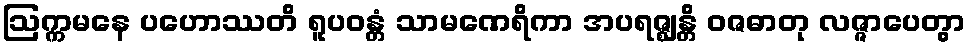
ဩက္ကမနေ ပဟောဿတိ ရူပဝန္တံ သာမဏေရိကာ အပရဇ္ဈန္တိ ဝဇဓာတု လဇ္ဇာပေတွာ